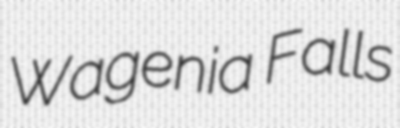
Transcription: Wagenia Falls